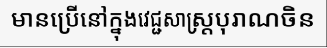
មានប្រើនៅក្នុងវេជ្ជសាស្ត្របុរាណចិន